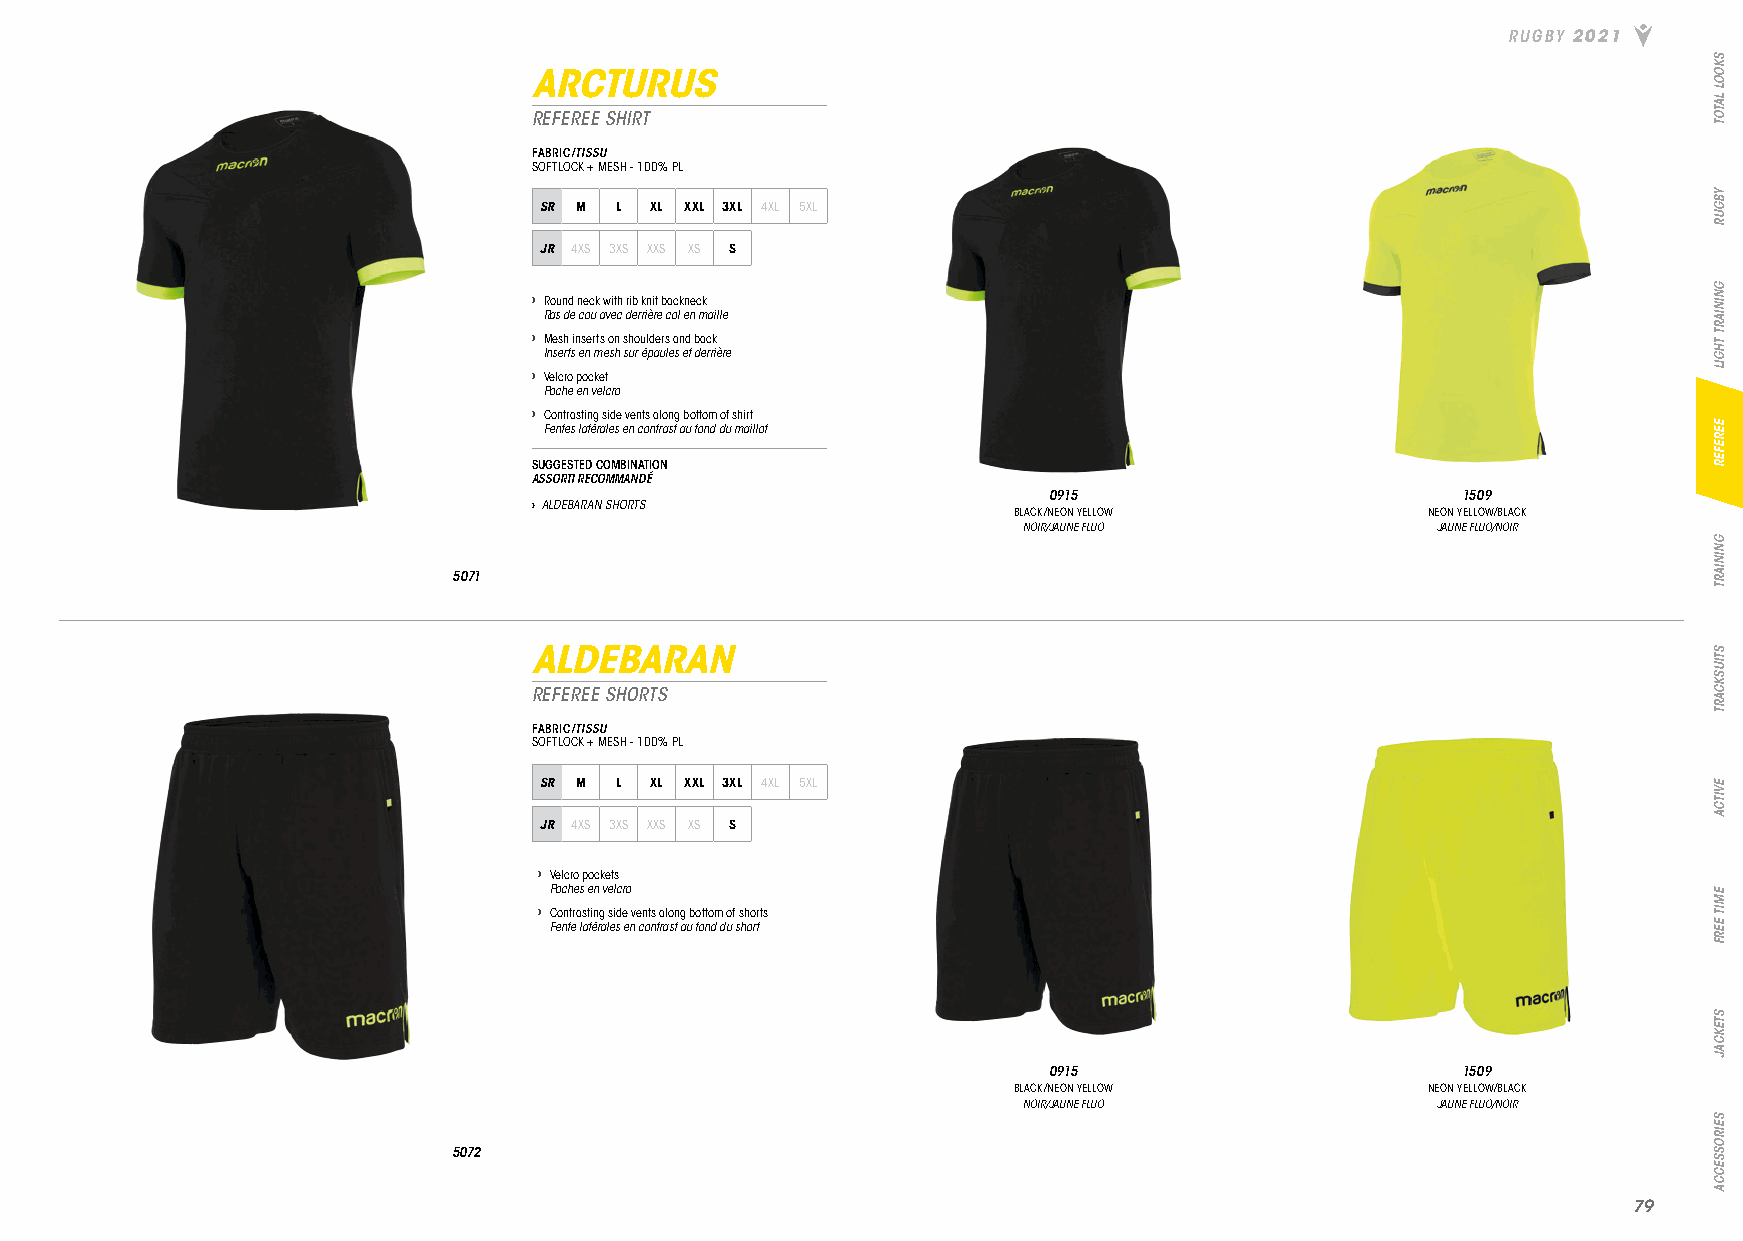
RUGBY 2021
 ARCTURUS
 REFEREE SHIRT
 FABRIC/TISSU
 SOFTLOCK + MESH - 100% PL
 SR M L XL XXL 3XL 4XL 5XL
 JR 4XS 3XS XXS XS S
 › Round neck with rib knit backneck
 Ras de cou avec derrière col en maille
 › Mesh inserts on shoulders and back
 Inserts en mesh sur épaules et derrière
 › Velcro pocket
 Poche en velcro
 › Contrasting side vents along bottom of shirt
 Fentes latérales en contrast au fond du maillot
 SUGGESTED COMBINATION
 ASSORTI RECOMMANDÉ
 0915                        1509
 › ALDEBARAN SHORTS
 BLACK/NEON YELLOW          NEON YELLOW/BLACK
 NOIR/JAUNE FLUO            JAUNE FLUO/NOIR
 5071
 ALDEBARAN
 REFEREE SHORTS
 FABRIC/TISSU
 SOFTLOCK + MESH - 100% PL
 SR M L XL XXL 3XL 4XL 5XL
 JR 4XS 3XS XXS XS S
 › Velcro pockets
 Poches en velcro
 › Contrasting side vents along bottom of shorts
 Fente latérales en contrast au fond du short
 0915                        1509
 BLACK/NEON YELLOW          NEON YELLOW/BLACK
 NOIR/JAUNE FLUO            JAUNE FLUO/NOIR
 5072
 7799
 SKOOL
 LATOT
 YBGUR
 GNINIART
 THGIL
 EEREFER
 GNINIART
 STIUSKCART
 EVITCA
 EMIT
 EERF
 STEKCAJ
 SEIROSSECCA